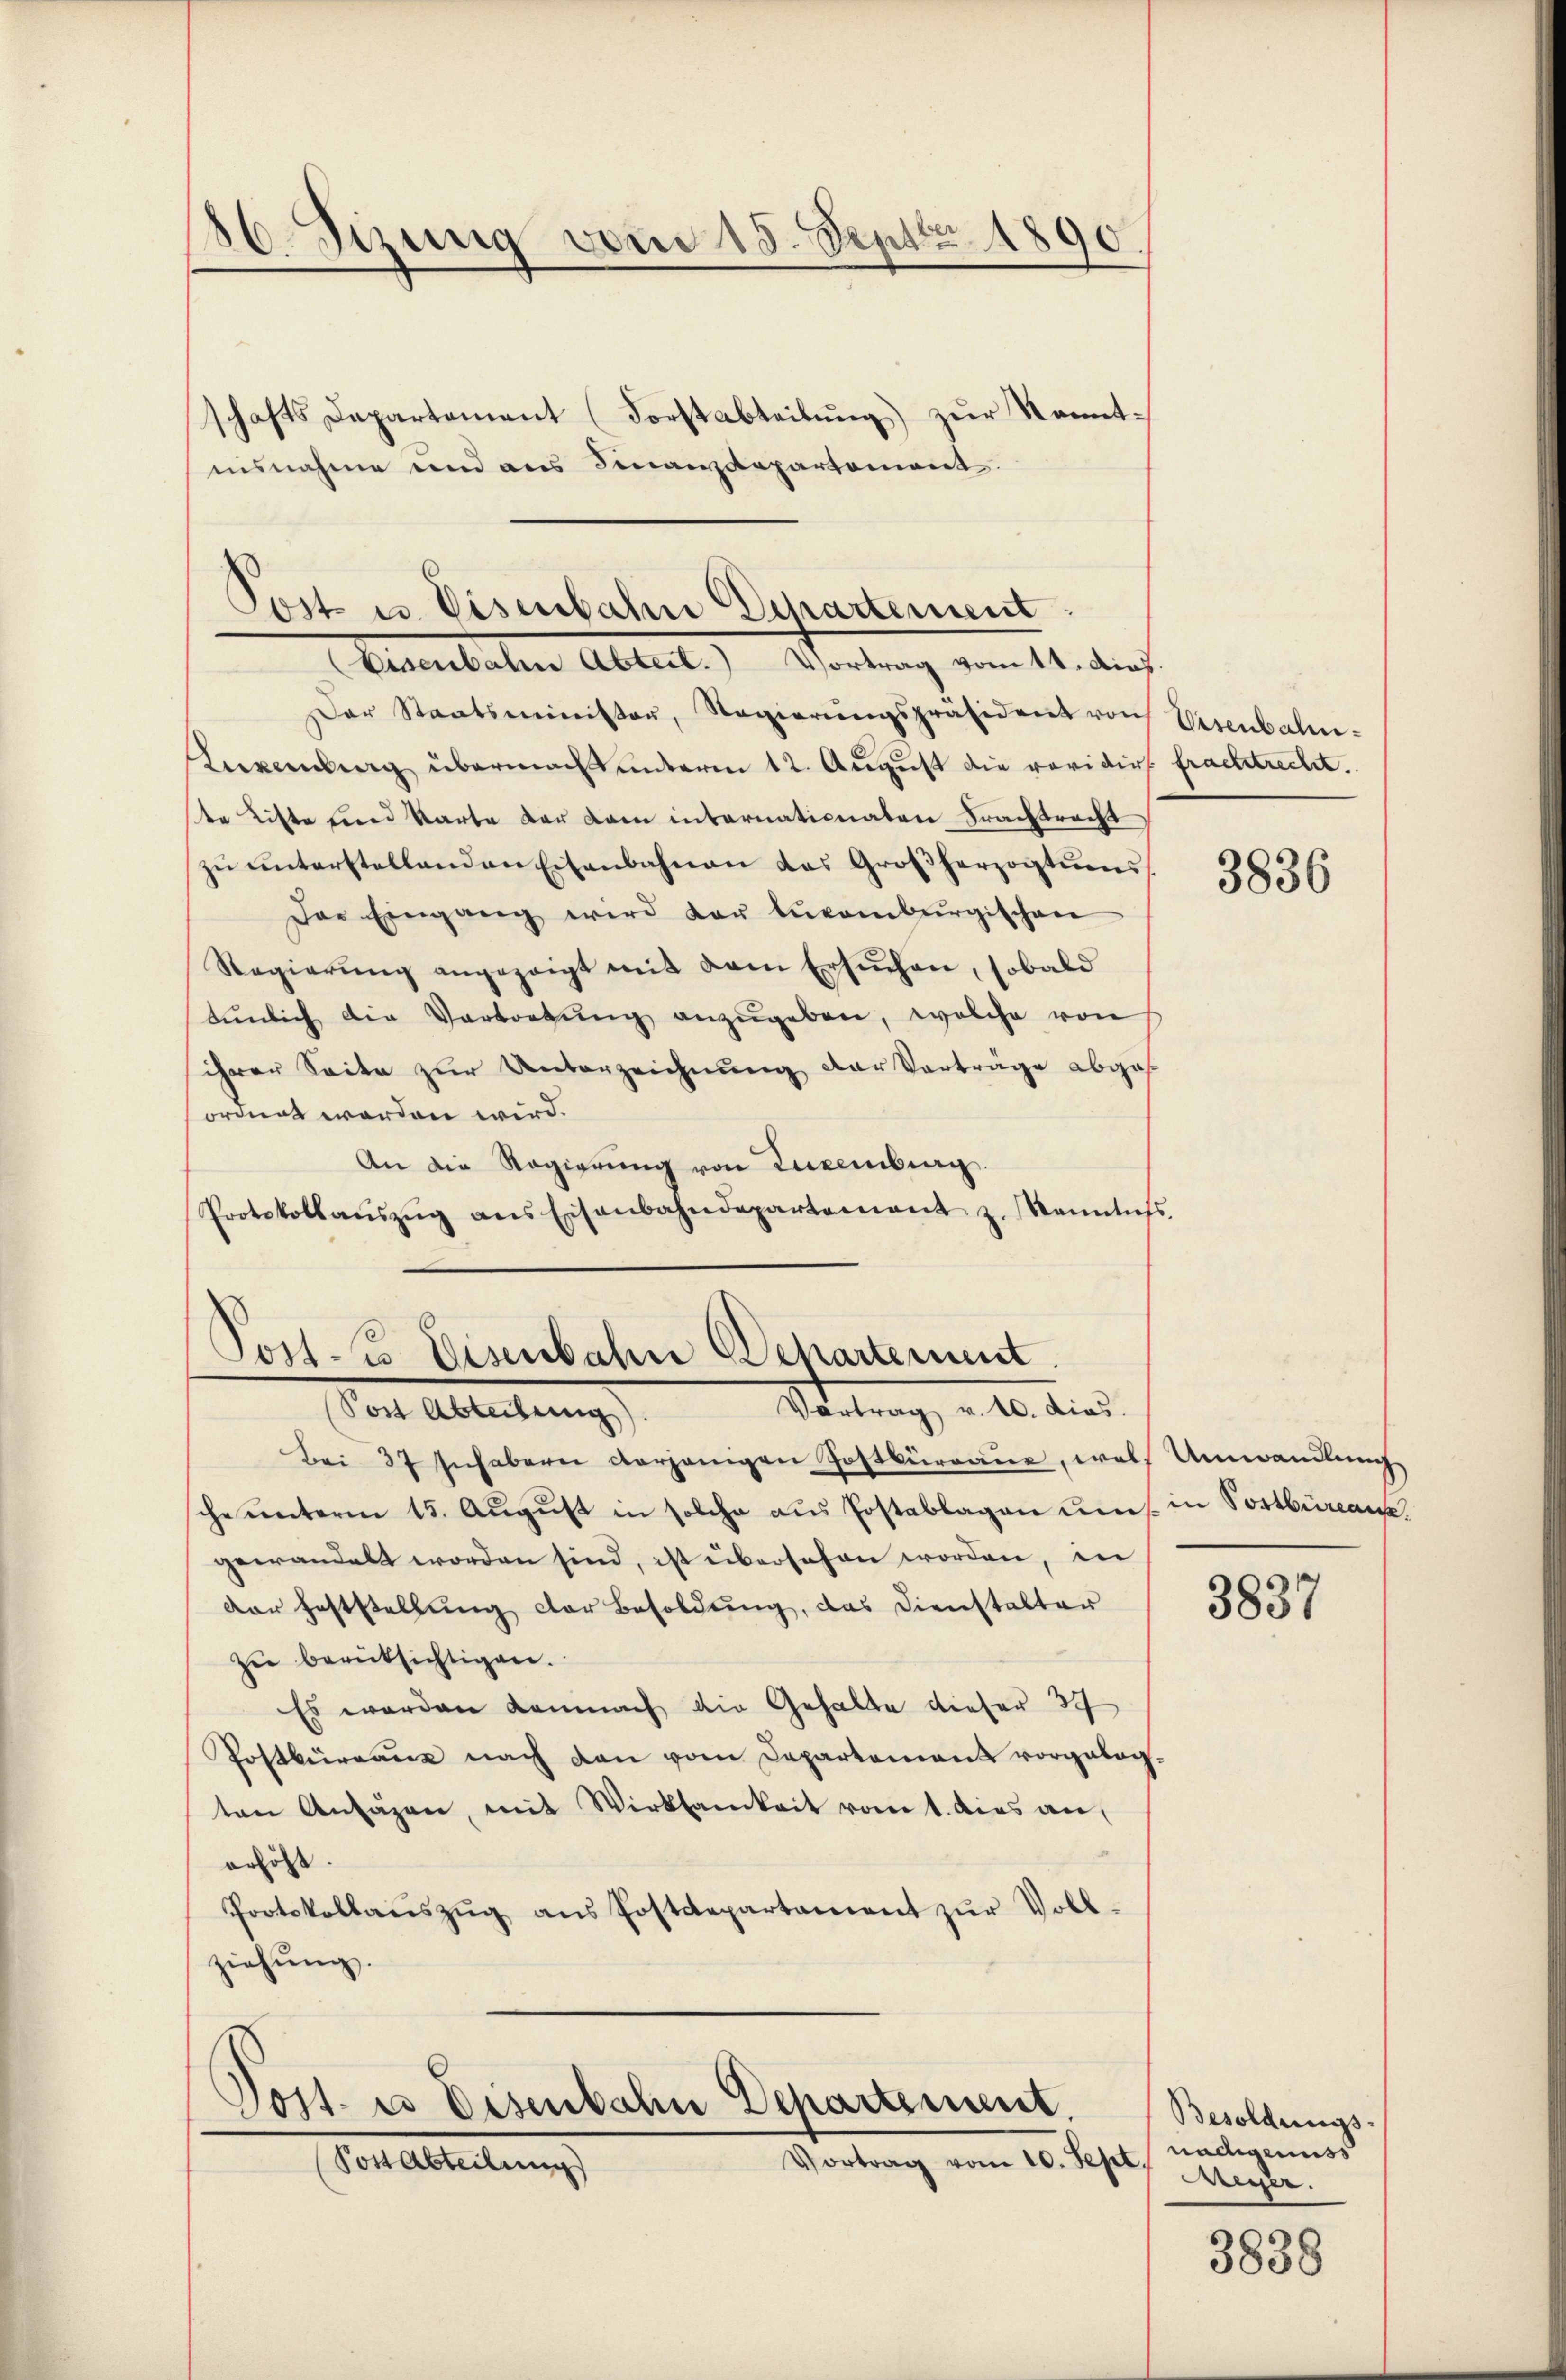
36. Sizung vom 15. Sept. 1890.
schafts Departement (Forstabteilung) zur Kometnisnahme und aus Finanzdepartement.

Der Staatsminister, Regierŭngspräsident von Visenbahn-
Knverbung übermacht unterm 12. August die revidirt frachtrecht.
ste Liste und Karte der dann internationaten Prachtracht
zŭ ŭnterstellenden Eisenbahnen des Großherzogtums
Das Eingang wird der luvomburgischen
Regierung angezeigt mit dem Ersuchen, sobald
tŭnlich die Vertretŭng anzŭgeben, welche von
ihrer Seite zur Unterzeichnung der Vorträge abges
ordnet worden wird.
An die Regierŭng von Luxenburg
Protokollaŭszŭg ans Eisenbahndepartement z. Kenntnis,

Post u. Eisenbahn Departement
Eisenbahn Abteil. Vortrag vom 11. dies.

Post. l. Eisenbahn Behartement
Vortrag v. 10. dies
Von Abteilung

Bei 37 sich abern derjenigen Postbürraue, welch Umwandlung
sche unterm 15. Aŭgŭst in solche aus Postablagen ums in Postbüreau.
gewandelt worden sind, ist übersehen worden, in
dar heftstellung der Besoldung, das Dienstalter
zu berücksichtigen.
Es werden Lannach die Gehalte dieser 39
Postbüreaus nach den vom Departemens vorgeben
ten Anlagen, mit Wirksamkeit vom 1. dies an,
erhöht. |
Protokollaŭszŭg ans Postdepartament zŭr Voll-
ziehung.

Post- u Disenbahn Departement.
Vortrag vom 10. Sep
Von Abteilung

3836

3837

Besoldungs-
nadigenuss
.
Meyer.

3838